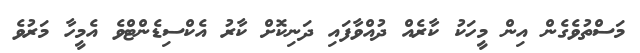
މަސްތުވެގެން އިން މީހަކު ކާރެއް ދުއްވާފައި ދަނިކޮށް ކާރު އެކްސިޑެންޓްވެ އެމީހާ މަރުވެ